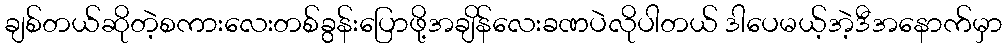
ချစ်တယ်ဆိုတဲ့စကားလေးတစ်ခွန်းပြောဖို့အချိန်လေးခဏပဲလိုပါတယ် ဒါပေမယ့်အဲ့ဒီအနောက်မှာ